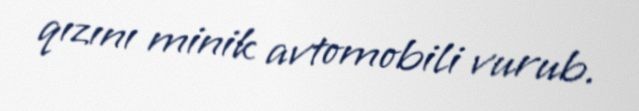
qızını minik avtomobili vurub.